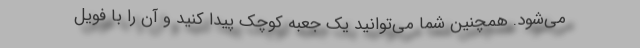
می‌شود. همچنین شما می‌توانید یک جعبه کوچک پیدا کنید و آن را با فویل